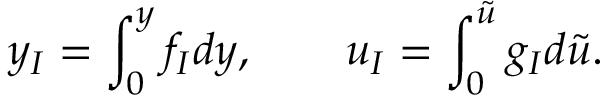
y _ { I } = \int _ { 0 } ^ { y } f _ { I } d y , \quad \quad u _ { I } = \int _ { 0 } ^ { \Tilde { u } } g _ { I } d \Tilde { u } .